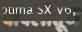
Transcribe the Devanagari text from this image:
बादलीतून